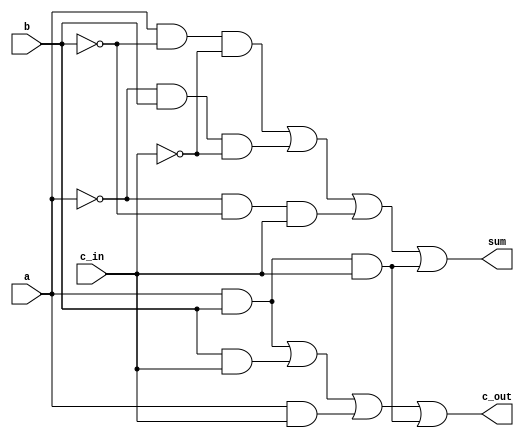
`timescale 1ns / 1ns
//////////////////////////////////////////////////////////////////////////////////
// Company: 
// Engineer: 
// 
// Design Name: 
// Module Name:    FA_str 
// Project Name: 
// Target Devices: 
// Tool versions: 
// Description: 
//
// Dependencies: 
//
// Revision: 
// Revision 0.01 - File Created
// Additional Comments: 
//
//////////////////////////////////////////////////////////////////////////////////

module FA_str(c_out, sum, a, b, c_in);

//parameter D = 0;		

input		a, b, c_in; //declare inputs a, b and c_in, 1 bit each
output	c_out, sum; //declare outputs c_out and sum, 1 bit each
//declare wires for values being passed between different gates
wire		not_a, not_b, not_c;
wire		and1_out, and2_out, and3_out, and4_out;
wire		and5_out, and6_out, and7_out, and8_out;

not	   not1		(not_a, a);
not	   not2		(not_b, b);
not		not3		(not_c, c_in);

// get sum
and			and1		(and1_out, a, not_b, not_c);
and			and2		(and2_out, not_a, b, not_c);
and			and3		(and3_out, not_a, not_b, c_in);
and			and4		(and4_out, a, b, c_in);
or				or1		(sum, and1_out, and2_out, and3_out, and4_out);

// get c_out							
and			and5		(and5_out, a, b);
and			and6		(and6_out, b, c_in);
and			and7		(and7_out, a, c_in);
and			and8		(and8_out, a, b, c_in);
or				or2		(c_out, and5_out, and6_out, and7_out, and8_out);


endmodule